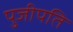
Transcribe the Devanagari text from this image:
पुजीपति